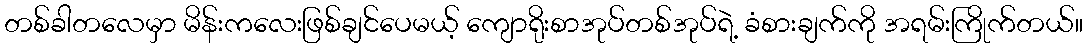
တစ်ခါတလေမှာ မိန်းကလေးဖြစ်ချင်ပေမယ့် ကျောရိုးစာအုပ်တစ်အုပ်ရဲ့ ခံစားချက်ကို အရမ်းကြိုက်တယ်။